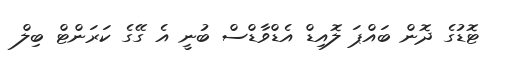
ޓޮޑުގެ ދޮން ބައްޕަ ލޮއިޑް އެޑްވާޑްސް ބުނީ އެ ގޭގެ ކަރަންޓް ބިލް